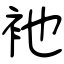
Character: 衪